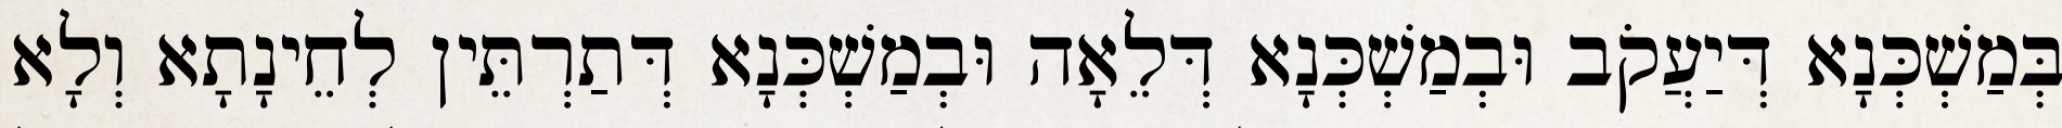
בְּמַשְׁכְּנָא דְּיַעֲקֹב וּבְמַשְׁכְּנָא דְּלֵאָה וּבְמַשְׁכְּנָא דְּתַרְתֵּין לְחֵינָתָא וְלָא